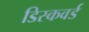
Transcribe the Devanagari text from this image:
डिस्कवर्ड